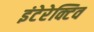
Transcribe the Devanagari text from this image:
इंटेरेक्टिव